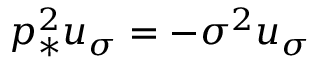
p _ { * } ^ { 2 } u _ { \sigma } = - \sigma ^ { 2 } u _ { \sigma }